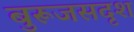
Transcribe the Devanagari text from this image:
बुरूजसदृश